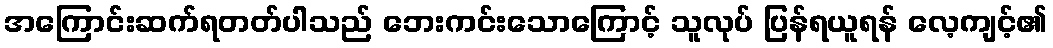
အကြောင်းဆက်ရတတ်ပါသည် ဘေးကင်းသောကြောင့် သူလုပ် ပြန်ရယူရန် လေ့ကျင့်၏